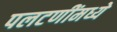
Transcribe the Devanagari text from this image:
पलटणींमध्ये